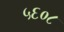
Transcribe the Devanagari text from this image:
५६०८